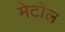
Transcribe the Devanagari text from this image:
मेटोल